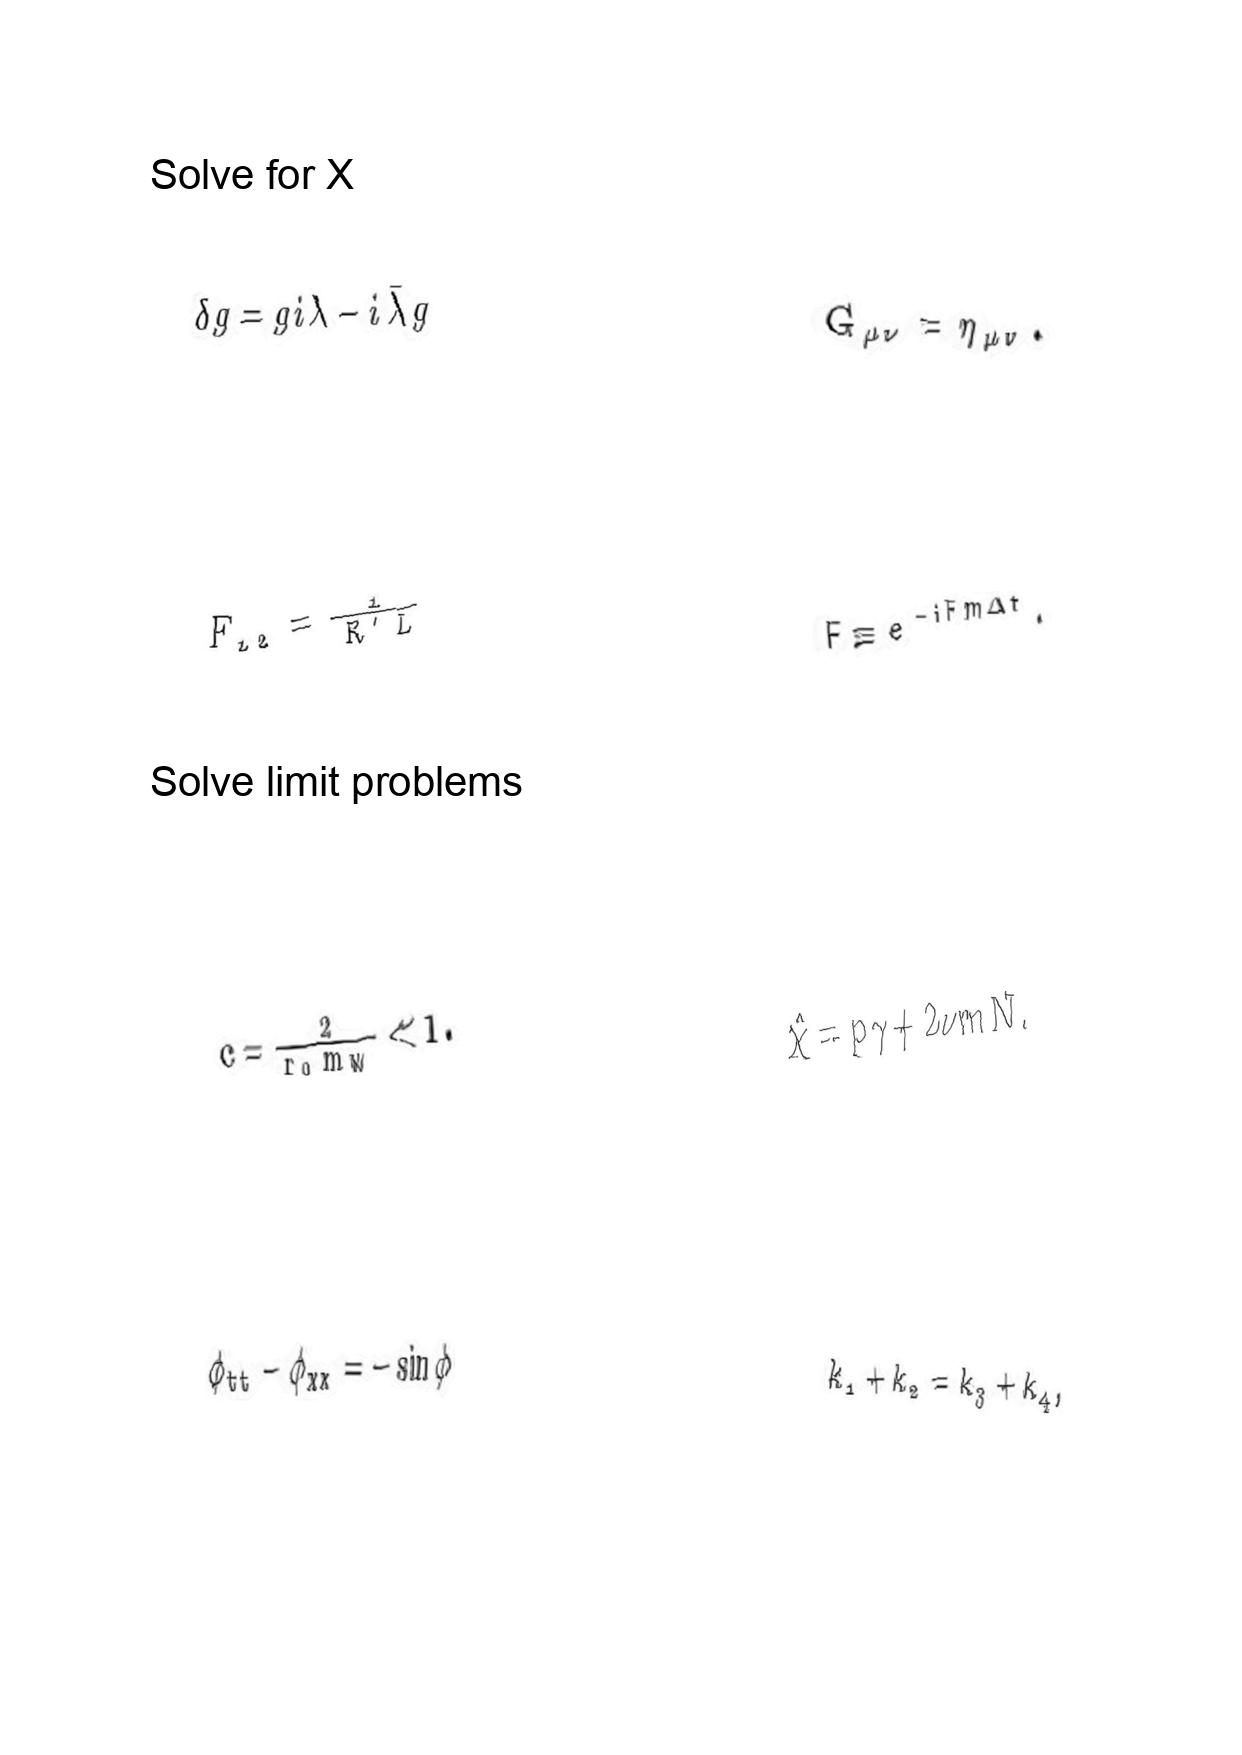
LaTeX transcription:
\delta g = g i \lambda - i \bar { \lambda } g
F _ { 1 2 } = \frac { 1 } { R ^ { \prime } L }
c = \frac { 2 } { r _ { 0 } m _ { W } } \ll 1 .
\phi _ { t t } - \phi _ { x x } = - \sin \phi
G _ { \mu \nu } = \eta _ { \mu \nu } .
F \equiv e ^ { - i F m \Delta t } .
\hat { \chi } = p \gamma + 2 \nu m \hat { N } .
k _ { 1 } + k _ { 2 } = k _ { 3 } + k _ { 4 } ,